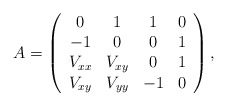
\begin{align*}A = \left(\begin{array}{cccc}0 & 1 & 1 & 0\\-1 & 0 & 0 & 1\\V_{xx} & V_{xy} & 0 & 1\\V_{xy} & V_{yy} & -1 & 0\end{array}\right),\end{align*}